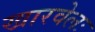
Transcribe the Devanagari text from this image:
खारवेलः